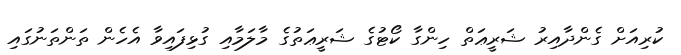
ކުރިއަށް ގެންދާއިރު ޝަރީޢަތް ހިންގާ ކޯޓުގެ ޝަރީޢަތުގެ މާލަމާއި ގުޅިފައިވާ އެހެން ތަންތަނުގައި